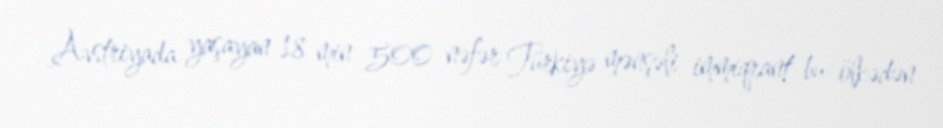
Avstriyada yaşayan 18 min 500 nəfər Türkiyə mənşəli immiqrant bu ölkədən